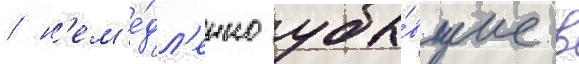
/ н'ем'е́дл'енно убы́вшие в